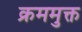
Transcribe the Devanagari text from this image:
क्रममुक्त